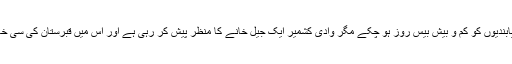
کرفیو کی پابندیوں کو کم و بیش بیس روز ہو چکے مگر وادی کشمیر ایک جیل خانے کا منظر پیش کر رہی ہے اور اس میں قبرستان کی سی خاموشی ہے۔